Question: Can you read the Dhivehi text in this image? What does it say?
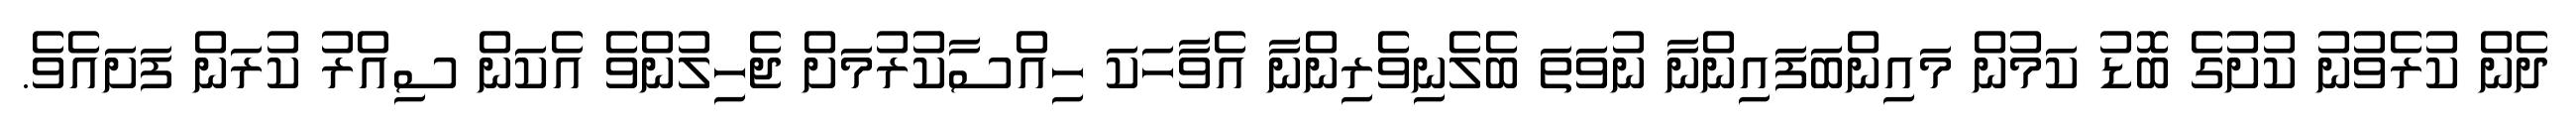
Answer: ދެން ކުރެވުނު ކުށުގެ ބޮޑު ކަމުން މައިންބަފައިންނާ ނުވަތަ ބެލެނިވެރިންނާ އެވާހަކަ ހިއްސާކުރުމަށް ޖެހިލުންވެ އެކަން ސިއްރު ކުރަން ފަށައެވެ.